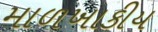
માળખાકીય